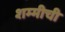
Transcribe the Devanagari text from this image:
शम्मीची